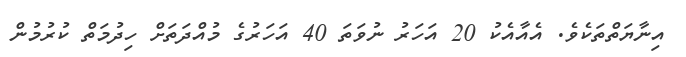
އިނާޔަތްތަކެވެ. އެއާއެކު 20 އަހަރު ނުވަތަ 40 އަހަރުގެ މުއްދަތަށް ހިދުމަތް ކުރުމުން